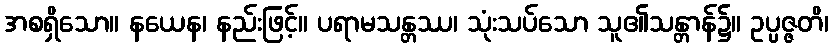
အစရှိသော။ နယေန၊ နည်းဖြင့်။ ပရာမသန္တဿ၊ သုံးသပ်သော သူ၏သန္တာန်၌။ ဥပ္ပဇ္ဇတိ၊